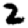
Digit: 2